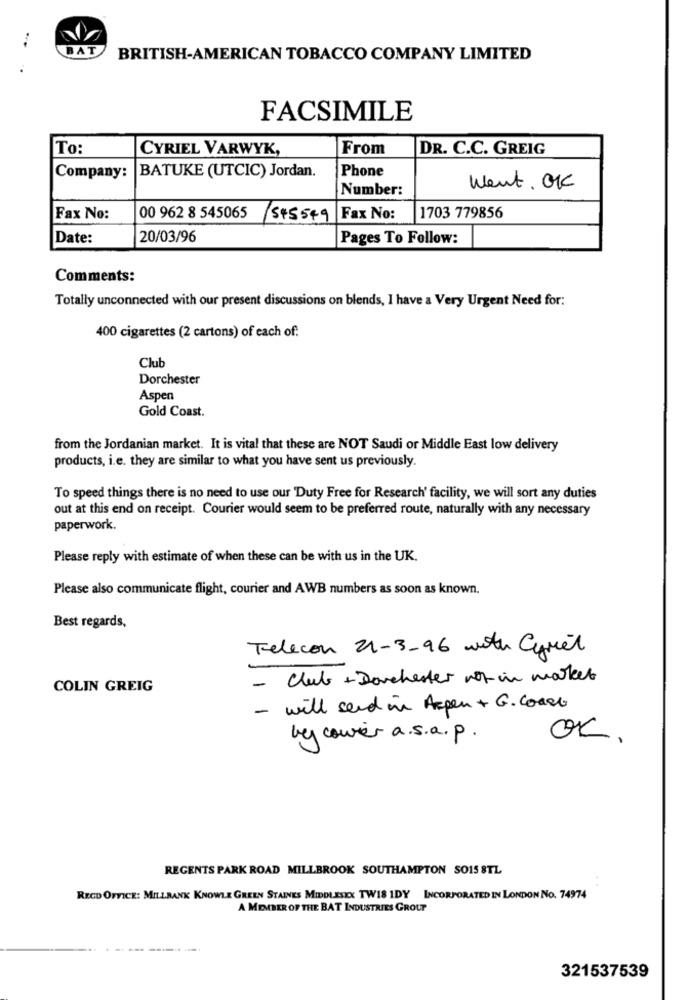
BAT
BRITISH-AMERICAN TOBACCO COMPANY LIMITED
FACSIMILE
To:
CYRIEL VARWYK,
From
DR. C.C. GREIG
BATUKE (UTCIC) Jordan.
Phone
Company:
Number:
Went. OK
Fax No:
00 962 8 545065
/5+5549
Fax No:
1703 779856
Date:
20/03/96
Pages To Follow:
Comments:
Totally unconnected with our present discussions on blends, I have a Very Urgent Need for:
400 cigarettes (2 cartons) of each of.
Club
Dorchester
Aspen
Gold Coast.
from the Jordanian market. It is vital that these are NOT Saudi or Middle East low delivery
products, i.e. they are similar to what you have sent us previously.
To speed things there is no need to use our 'Duty Free for Research' facility, we will sort any duties
out at this end on receipt. Courier would seem to be preferred route, naturally with any necessary
paperwork.
Please reply with estimate of when these can be with us in the UK.
Please also communicate flight, courier and AWB numbers as soon as known.
Best regards,
Telecom 21-3-96 with Cyret
- Club + Dorchester not in market
COLIN GREIG
- will send in Aspen + G. Coast
by courier a.s.a.p.
OK.
REGENTS PARK ROAD MILLBROOK SOUTHAMPTON SO15 8TL
RECD OFFICE: MILLBANK KNOWLE GREEN STAINES MIDDLESEX TW18 IDY INCORPORATED IN LONDON No. 74974
A MEMBER OF THE BAT INDUSTRIES GROUP
321537539